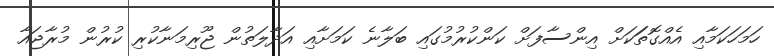
ހަމަހަކަމާއި އެއްގޮތަަކަށް އިންސާފަށް ކަންކުރުމުގައި ބަލާނެ ކަމަށާއި އަދާލަތުން ޖޫރިމަނާކުރި ކުރުން މުރާޖައާ